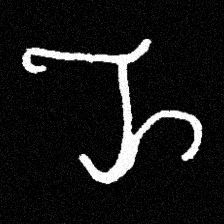
Pyu character \u2014 Myanmar letter: ည (romanized: nya)